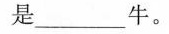
是___牛。